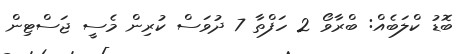
ބޮޑު ކްލަބެއް: ބްރާވޯ 2 ހަފްތާ 7 ދުވަސް ކުރިން މެސީ ޖަސްޓިން